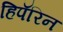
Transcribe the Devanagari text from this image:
हिपॅरिन